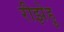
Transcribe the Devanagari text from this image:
रीझेहु